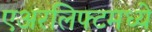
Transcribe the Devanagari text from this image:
एअरलिफ्टमध्ये